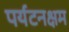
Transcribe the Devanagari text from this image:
पर्यटनक्षम